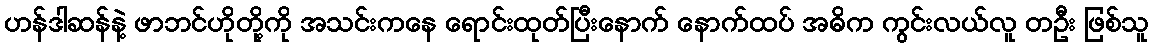
ဟန်ဒါဆန်နဲ့ ဖာဘင်ဟိုတို့ကို အသင်းကနေ ရောင်းထုတ်ပြီးနောက် နောက်ထပ် အဓိက ကွင်းလယ်လူ တဦး ဖြစ်သူ